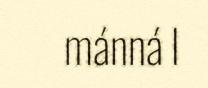
mánná l